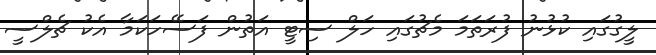
ލީގުގައި ކުޅުނު ފުރަތަމަ މެޗުގައި ހަލް ސިޓީ އަތުން ފަސޭހަކަމާ އެކު ޗެލްސީ